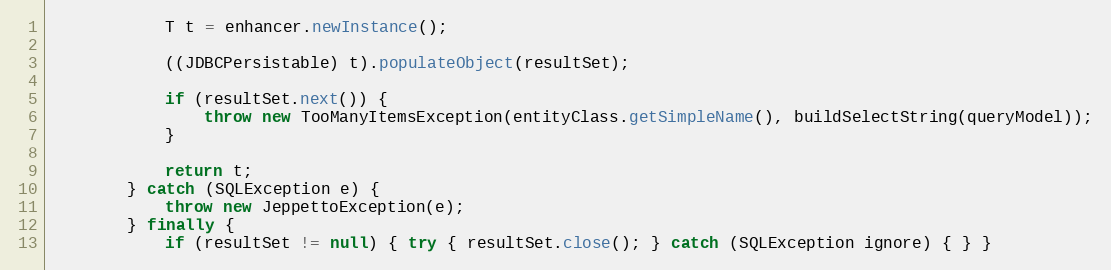
Language: Java
            T t = enhancer.newInstance();

            ((JDBCPersistable) t).populateObject(resultSet);

            if (resultSet.next()) {
                throw new TooManyItemsException(entityClass.getSimpleName(), buildSelectString(queryModel));
            }

            return t;
        } catch (SQLException e) {
            throw new JeppettoException(e);
        } finally {
            if (resultSet != null) { try { resultSet.close(); } catch (SQLException ignore) { } }